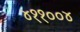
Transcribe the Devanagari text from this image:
४११००४